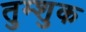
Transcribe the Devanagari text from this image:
तुम्शुक